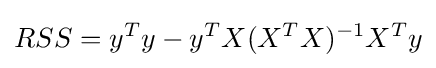
RSS=y^{T}y-y^{T}X(X^{T}X)^{-1}X^{T}y